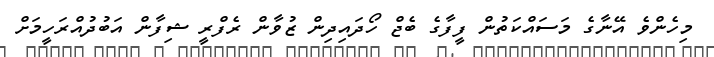
މިހެންވެ އޭނާގެ މަސައްކަތުން ފީފާގެ ބެޖް ހޯދައިދިން ޒުވާން ރެފްރީ ޝިފާން އަބުދުއްރަހީމަށް